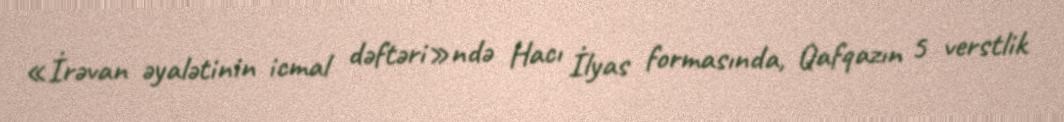
«İrəvan əyalətinin icmal dəftəri»ndə Hacı İlyas formasında, Qafqazın 5 verstlik